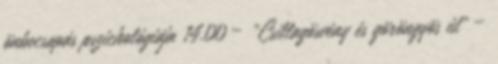
önbecsapás pszichológiája 14.00 – „Csillagösvény és göröngyös út” –